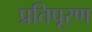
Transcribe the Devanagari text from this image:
प्रतिपूरण